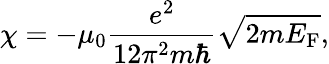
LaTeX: \chi=-\mu_{0}{\frac{e^{2}}{12\pi^{2}m\hbar}}{\sqrt{2mE_{\mathrm{{F}}}}},